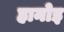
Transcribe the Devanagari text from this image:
हानोइ